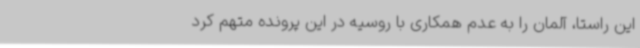
این راستا، آلمان را به عدم همکاری با روسیه در این پرونده متهم کرد